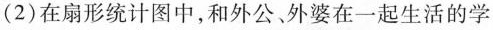
(2)在扇形统计图中，和外公，外婆在一起生活的学